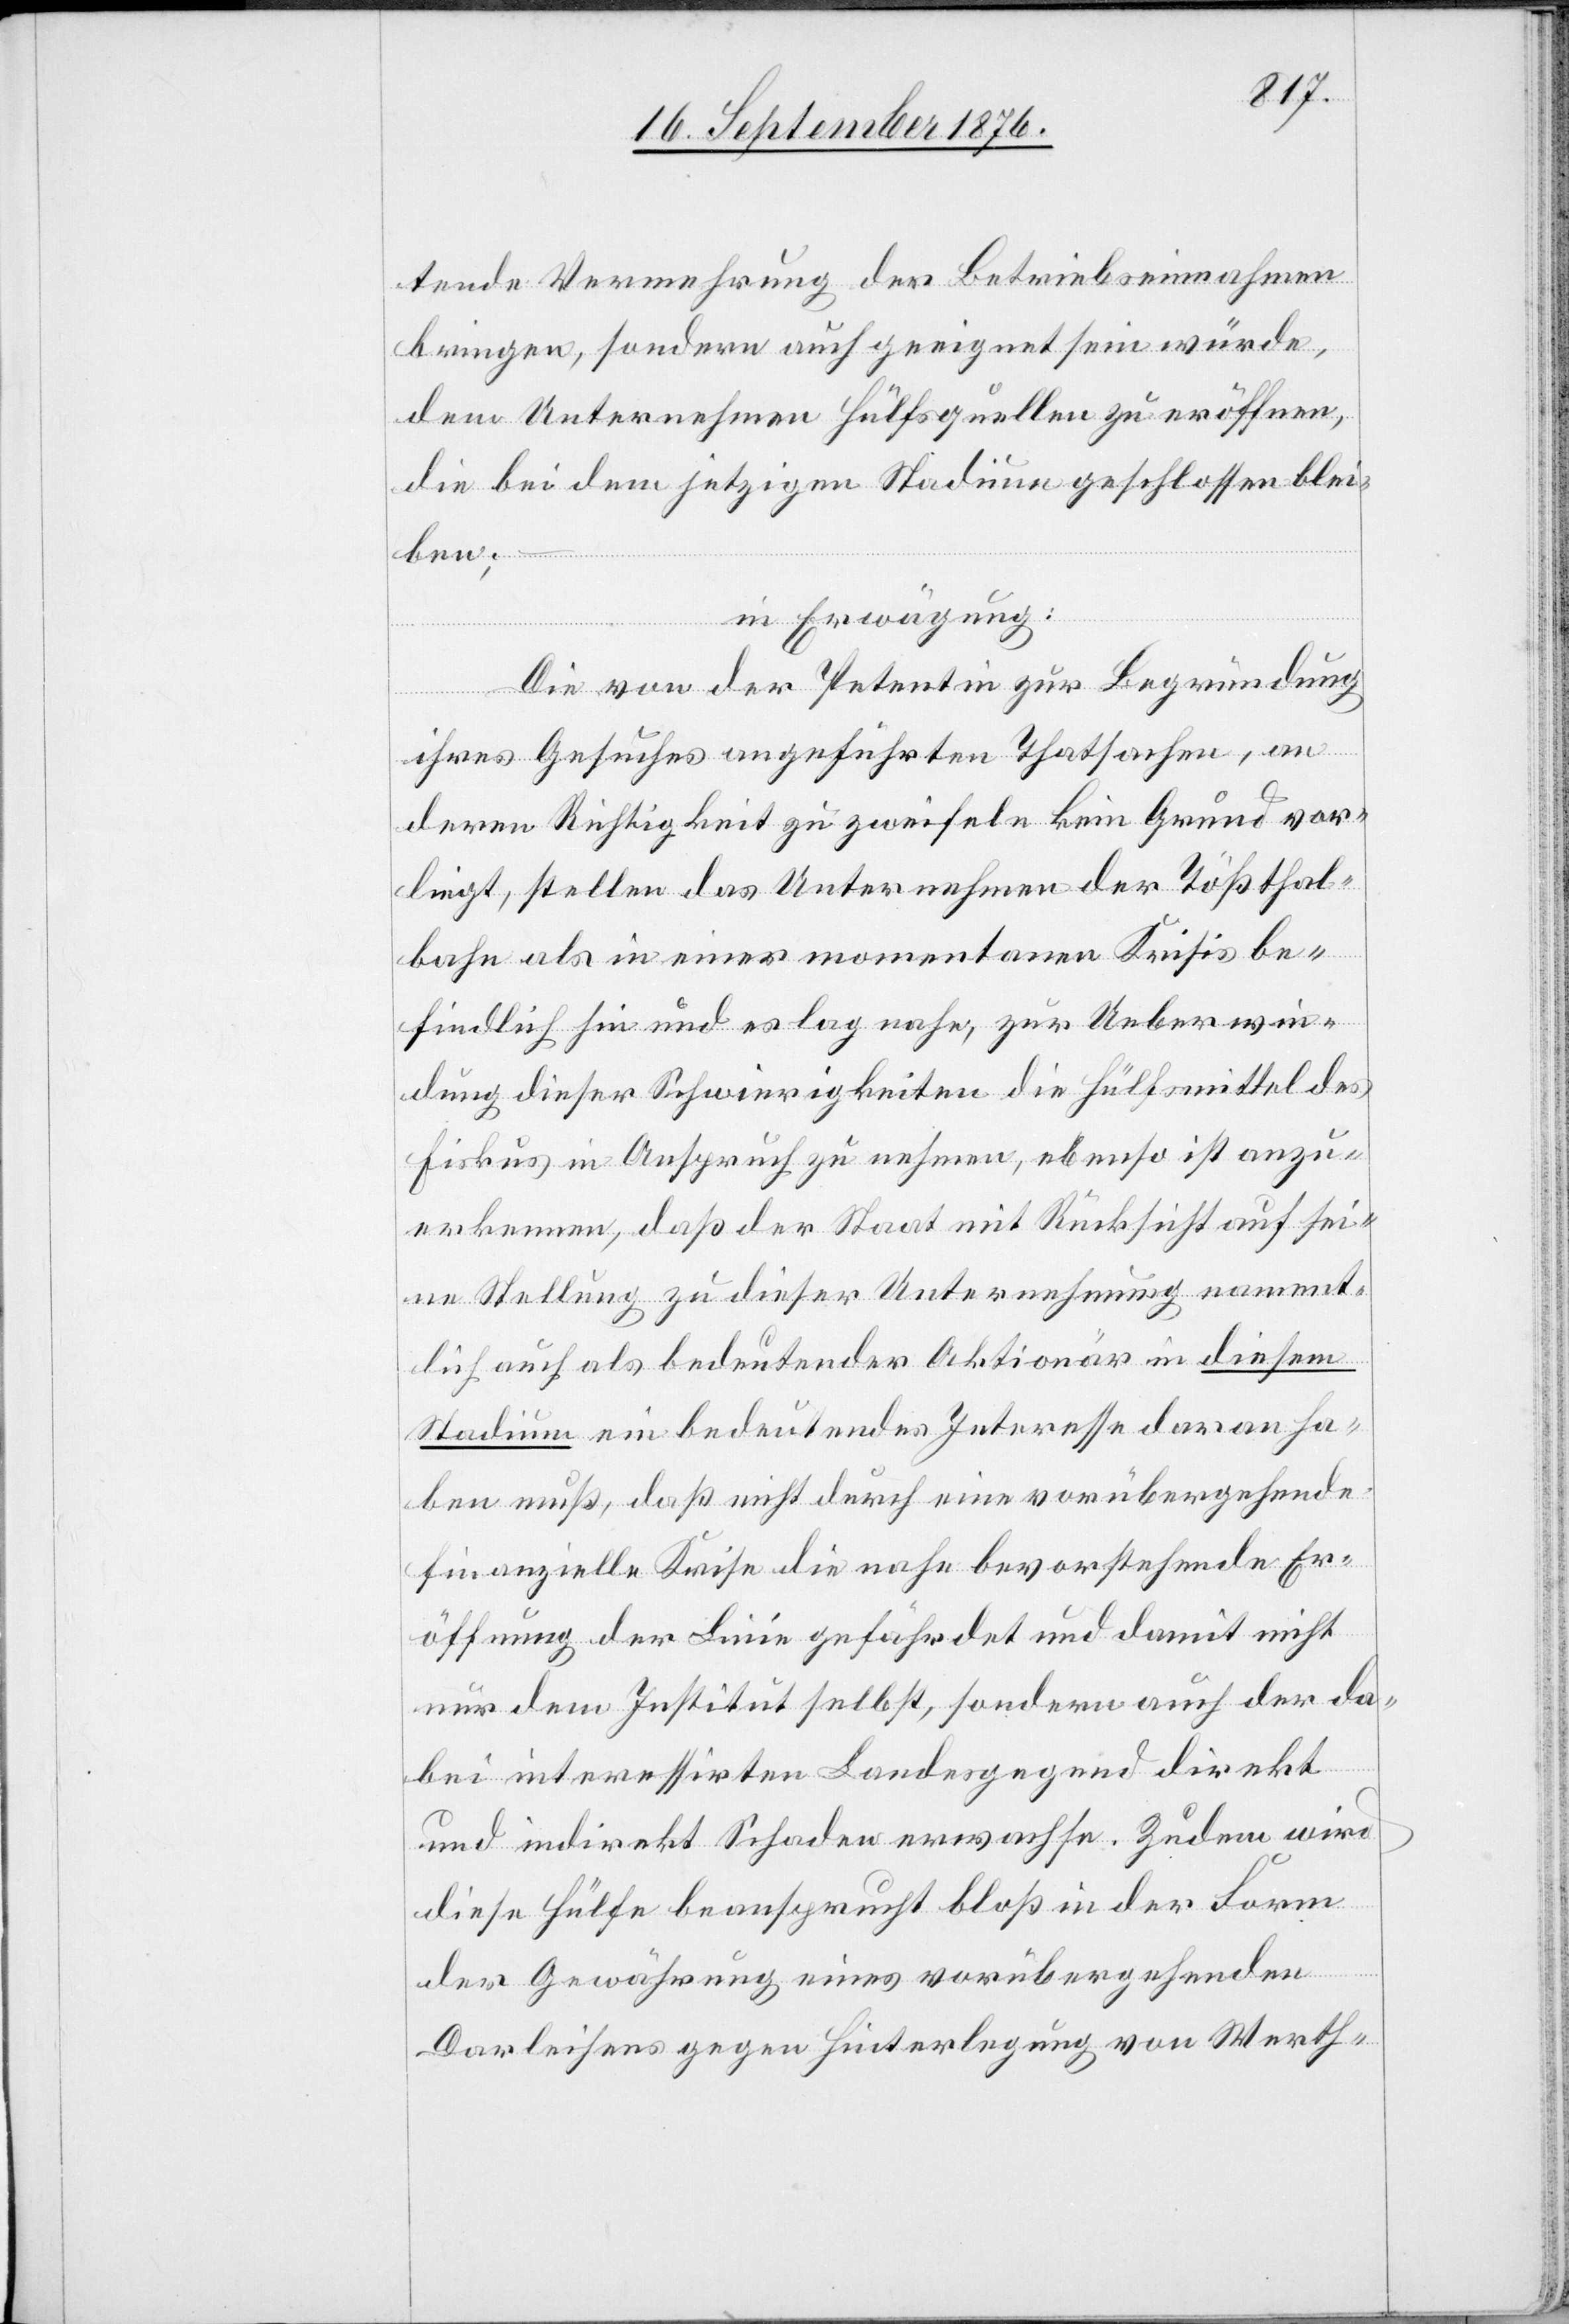
tende Vermehrung der Betriebseinnahmen
bringen, sondern auch geeignet sein würde,
dem Unternehmen Hülfsquellen zu eröffnen,
die bei dem jetzigen Stadium geschlossen blei¬
ben;
in Erwägung:
Die von der Petentin zur Begründung
ihres Gesuches angeführten Thatsachen, an
deren Richtigkeit zu zweifeln kein Grund vor¬
liegt, stellen das Unternehmen der Tößthal¬
bahn als in einer momentanen Krisis be¬
findlich hin und es lag nahe, zur Ueberwin¬
dung dieser Schwierigkeiten die Hülfsmittel des
Fiskus in Anspruch zu nehmen, ebenso ist anzu¬
erkennen, daß der Staat mit Rücksicht auf sei¬
ne Stellung zu dieser Unternehmung nament¬
lich auch als bedeutender Aktionär in diesem
Stadium ein bedeutendes Interesse daran ha¬
ben muß, das nicht durch eine vorübergehende
finanzielle Krise die nahe bevorstehende Er¬
öffnung der Linie gefährdet und damit n¬
ur dem Institut selbst, sondern auch der da¬
bei interessirten Landesgegend direkt
und indirekt Schaden erwachse. Zudem wird
diese Hülfe beansprucht bloß in der Form
der Gewährung eines vorübergehenden
Darleihens gegen Hinterlegung von Werth-